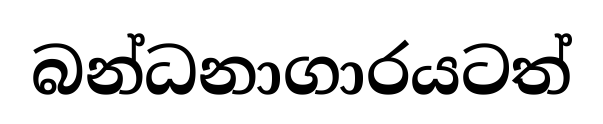
බන්ධනාගාරයටත්